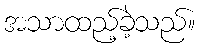
အသာထည့်ခဲ့သည်။